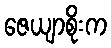
ဇေယျာစိုးက